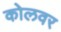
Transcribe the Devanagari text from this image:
कोलवर